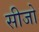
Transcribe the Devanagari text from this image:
सीजो